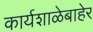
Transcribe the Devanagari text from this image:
कार्यशाळेबाहेर